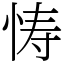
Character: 㤽